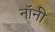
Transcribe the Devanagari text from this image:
नॉनी